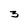
Character: 3